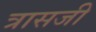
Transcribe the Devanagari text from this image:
त्रासजी